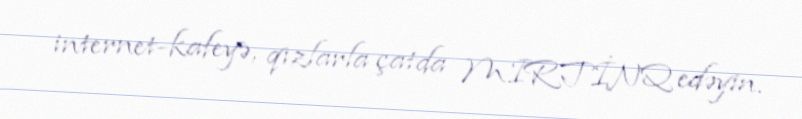
internet-kafeyə, qızlarla çatda MIRTİNQ edəyin.